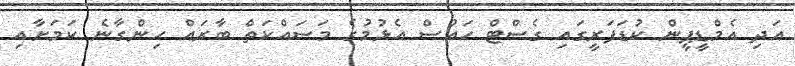
އަދި އެމްޑީޕީން ކުޑަފަރީގައި ގެސްޓް ހައުސް އެޅުމުގެ މަސައްކަތް ބާރައް ހިންގާނެ ކަމަށާއި